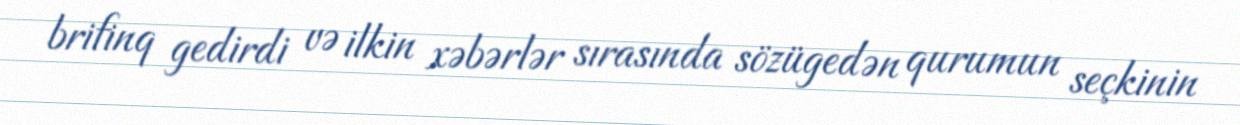
brifinq gedirdi və ilkin xəbərlər sırasında sözügedən qurumun seçkinin